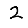
Digit: 2